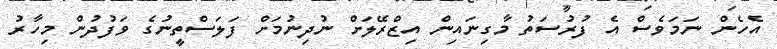
އެހެން ނަމަވެސްް އެ ފުރުސަތު މާގިނައިން އިޒްރޭލަށް ނުދިނުމަށް ފަލަސްތީނުގެ ވަފުދުން މިހާރު